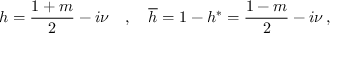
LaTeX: h = \frac { 1 + m } 2 - i \nu \quad , \quad \overline { { { h } } } = 1 - h ^ { * } = \frac { 1 - m } 2 - i \nu \, ,